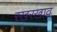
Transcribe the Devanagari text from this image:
ऱखरखाव